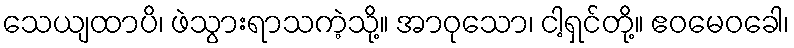
သေယျထာပိ၊ ဖဲသွားရာသကဲ့သို့။ အာဝုသော၊ ငါ့ရှင်တို့။ ဧဝမေဝခေါ၊